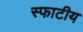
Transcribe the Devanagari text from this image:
स्फाटीय